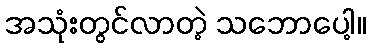
အသုံးတွင်လာတဲ့ သဘောပေါ့။